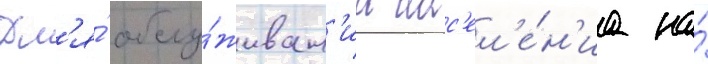
Дл'я́ обслу́живан'иа нас'ел'е́н'иа на́